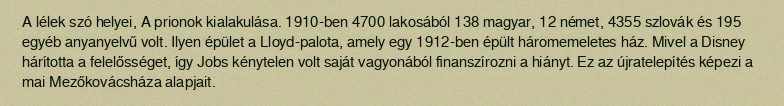
A lélek szó helyei, A prionok kialakulása. 1910-ben 4700 lakosából 138 magyar, 12 német, 4355 szlovák és 195 egyéb anyanyelvű volt. Ilyen épület a Lloyd-palota, amely egy 1912-ben épült háromemeletes ház. Mivel a Disney hárította a felelősséget, így Jobs kénytelen volt saját vagyonából finanszírozni a hiányt. Ez az újratelepítés képezi a mai Mezőkovácsháza alapjait.